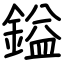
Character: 鎰